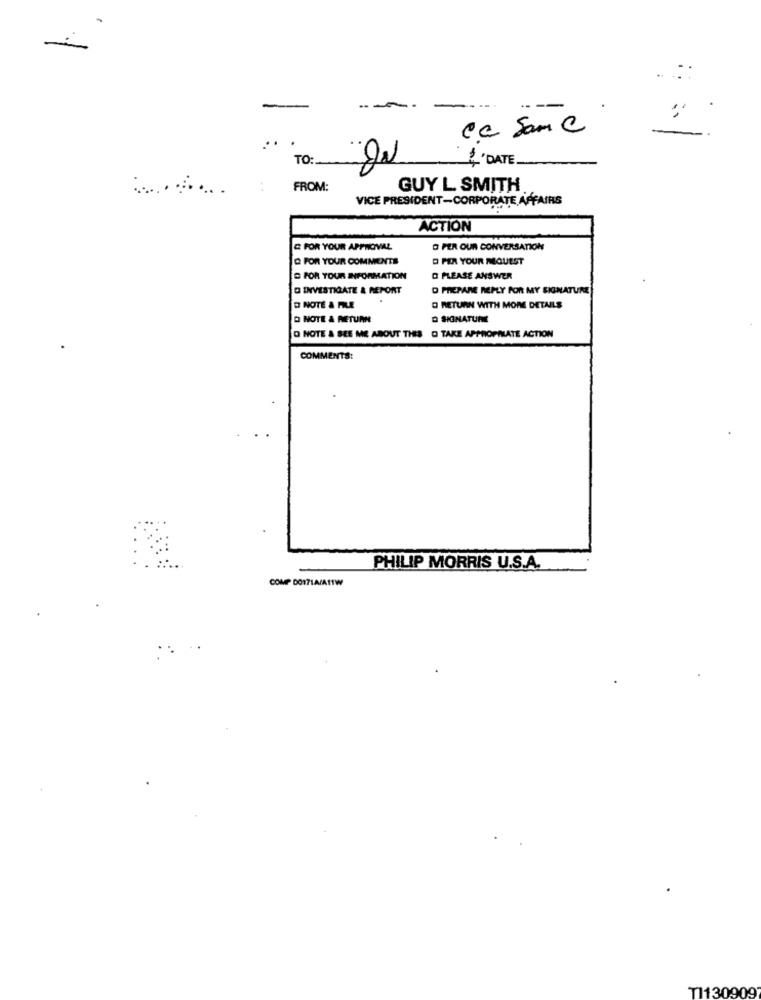
. ::
-
---.
---
Ca Sam C
..
TO:
4 'DATE
FROM:
GUY L SMITH
VICE PRESIDENT-CORPORATE AFFAIRS
ACTION
E FOR YOUR APPROVAL
O PER OUR CONVERSATION
Q FOR YOUR COMMENTS
O PER YOUR REQUEST
FOR YOUR INFORMATION
O PLEASE ANSWER
INVESTIGATE & REPORT
D PREPARE REPLY FOR MY SIGNATURE
D NOTÉ A FILE
O RETURN WITH MORE DETAILS
D NOTE & RETURN
D SIINATURE
D TAKE APPROPRIATE ACTION
O NOTE & SEE ME ABOUT THIS
COMMENTS:
PHILIP MORRIS U.S.A.
COMP DO171A/ATTW
TI130909